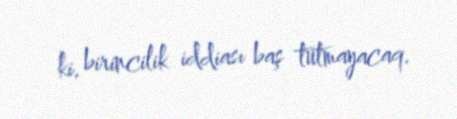
ki, birincilik iddiası baş tutmayacaq.